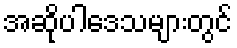
အဆိုပါဒေသများတွင်